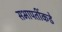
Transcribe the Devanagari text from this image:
सभापतींकडे